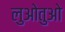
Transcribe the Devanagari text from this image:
लुओतुओ